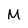
Character: M